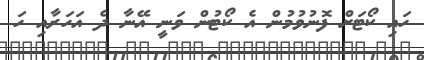
ހައި ކޯޓަށް ފޮނުވުމުން އެ ކޯޓުން ވަނީ އޭނާ ދެ އަހަރާއި ހަ